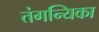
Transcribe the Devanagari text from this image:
तंगन्यिका